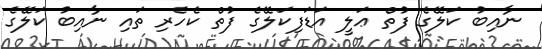
ނާއިބު ކަލޭގެ ފުތް ޢަލީ އަޑަފިކަލޭގެ ފުތް ކެހެރި ތައި ނާއިބު ކަލޭގެ